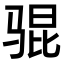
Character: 𫘥